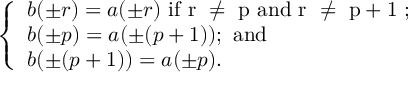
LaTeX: \left\{ \begin{array} { l } { { b ( \pm r ) = a ( \pm r ) \mathrm { ~ i f ~ r ~ \neq ~ p ~ a n d ~ r ~ \neq ~ p + 1 ~ ; } } } \\ { { b ( \pm p ) = a ( \pm ( p + 1 ) ) \mathrm { ; ~ a n d } } } \\ { { b ( \pm ( p + 1 ) ) = a ( \pm p ) . } } \end{array} \right.